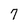
Character: 7